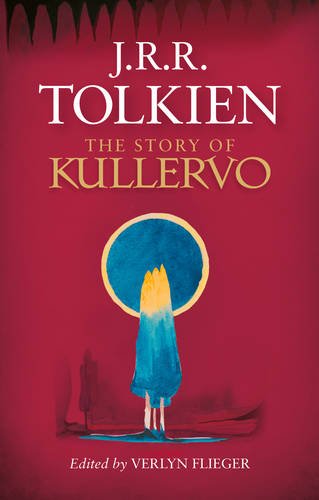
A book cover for The Story of Kullervo; J. R. R. Tolkien; Science Fiction & Fantasy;